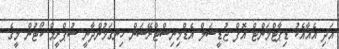
އަދި އެއާއެކު ޑިޕާޓްމަންޓް އޮފް ޖުޑީޝަލް އެޑްމިނިސްޓްރޭޝަން ހިނގަމުންދާނީ ސުޕްރީމް ކޯޓުން މީގެ